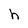
Character: h